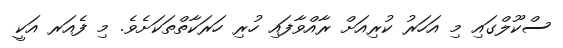
ސްކޫލްގައި މި އަހަރު ކުރިއަށް ރާއްވާފައި ހުރި ހަރަކާތްތަކަށެވެ. މި ފެއަރ އަކީ